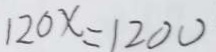
1 2 0 x = 1 2 0 0